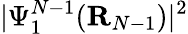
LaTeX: |\Psi_{1}^{N-1}({\mathbf R}_{N-1})|^{2}